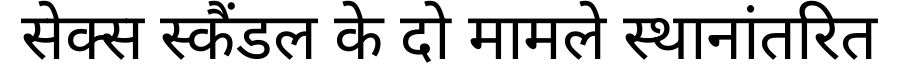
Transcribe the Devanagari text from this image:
सेक्स स्कैंडल के दो मामले स्थानांतरित